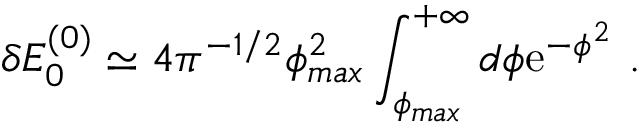
\delta E _ { 0 } ^ { ( 0 ) } \simeq 4 \pi ^ { - 1 / 2 } \phi _ { m a x } ^ { 2 } \int _ { \phi _ { m a x } } ^ { + \infty } d \phi \mathrm { e } ^ { - \phi ^ { 2 } } \ .